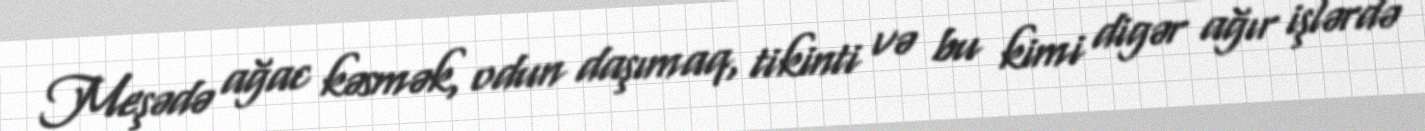
Meşədə ağac kəsmək, odun daşımaq, tikinti və bu kimi digər ağır işlərdə